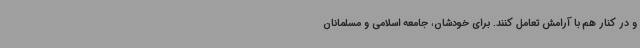
و در کنار هم با آرامش تعامل کنند. برای خودشان، جامعه اسلامی و مسلمانان